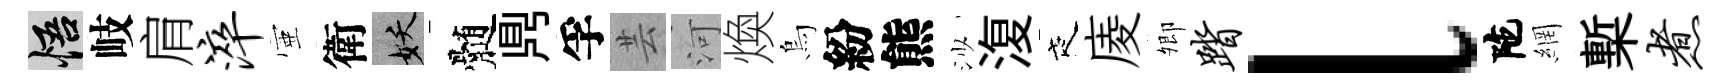
悟岐肩淬壺衛妖髄𪔂孚芸河煥烏紛熊沙𣸪夜庱𡖖踏l陀網槧煮